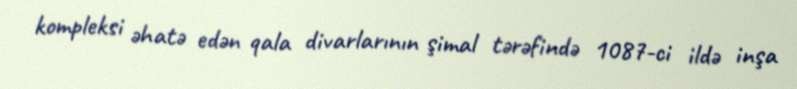
kompleksi əhatə edən qala divarlarının şimal tərəfində 1087-ci ildə inşa